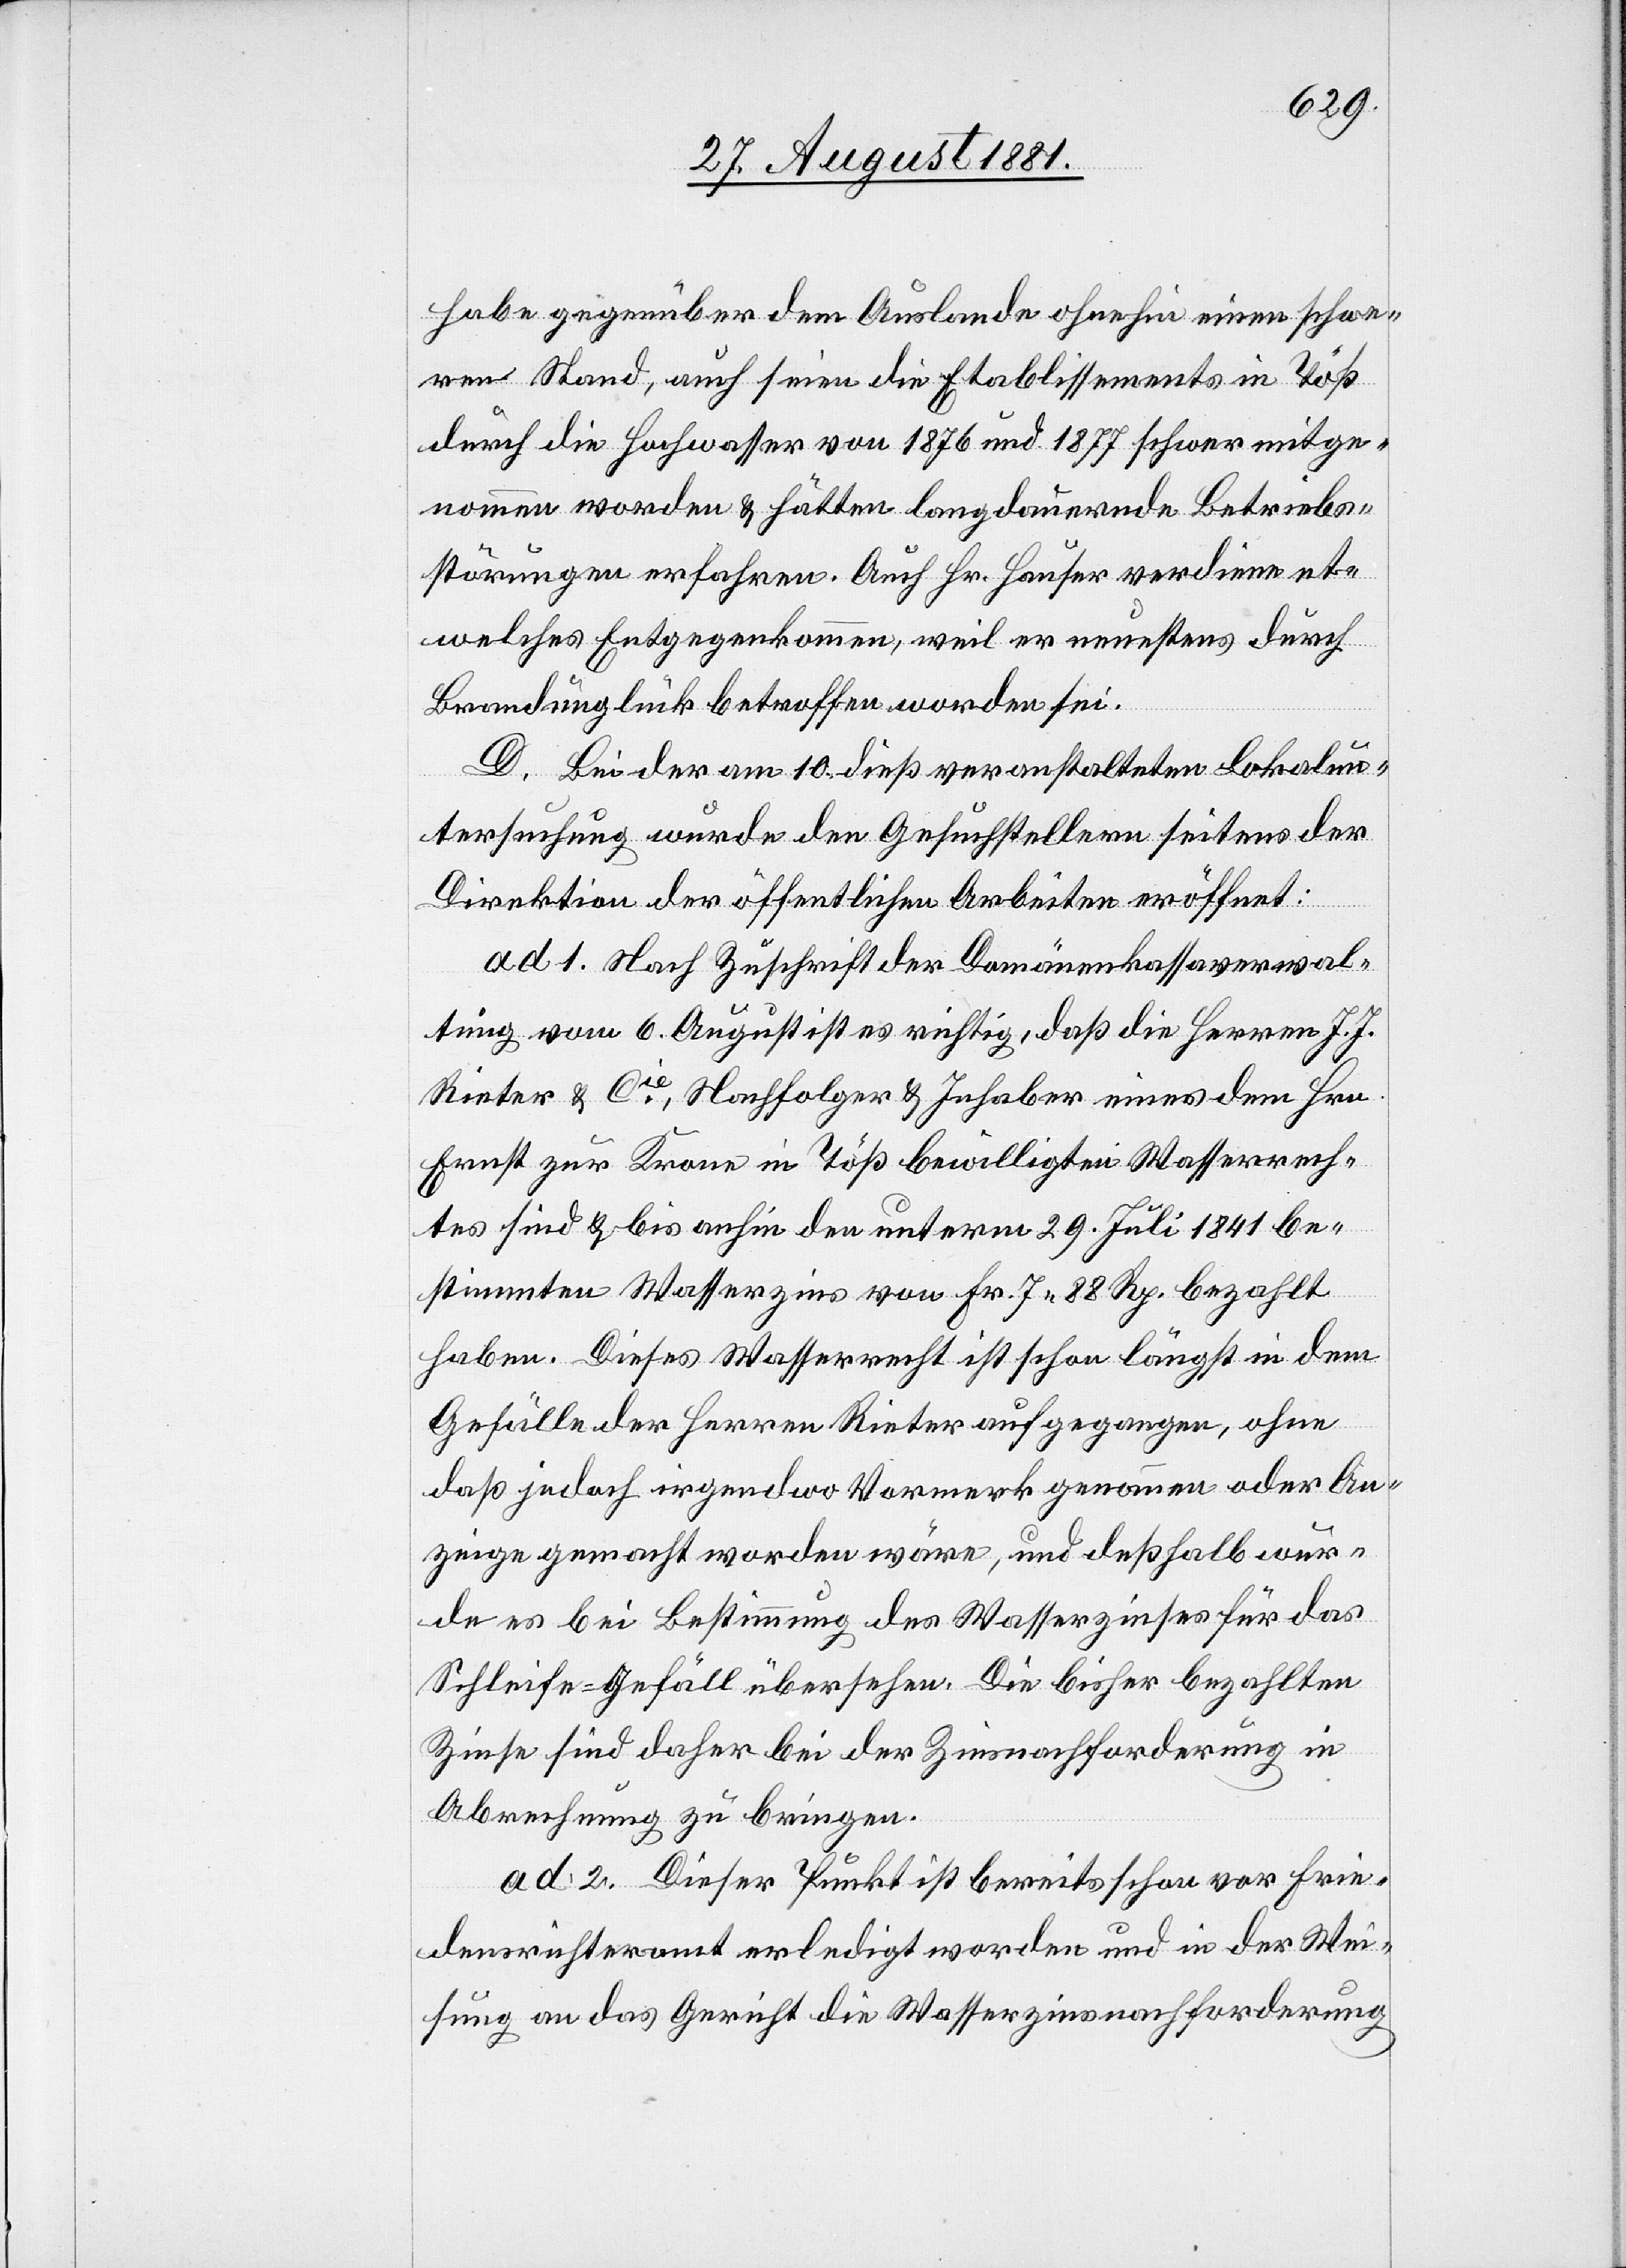
habe gegenüber dem Auslande ohnehin einen schwe¬
ren Stand, auch seien die Etablissements in Töß
durch die Hochwasser von 1876 und 1877 schwer mitge¬
nommen worden & hätten langdauernde Betriebs¬
störungen erfahren. Auch Hr. Hauser verdiene et¬
welches Entgegenkommen, weil er neuestens durch
Brandunglück betroffen worden sei.
D. Bei der am 10. dieß veranstalteten Lokalun¬
tersuchung wurde den Gesuchstellern seitens der
Direktion der öffentlichen Arbeiten eröffnet:
ad 1. Nach Zuschrift der Domänenkassaverwal¬
tung vom 6. August ist es richtig, daß die Herren J. J.
Rieter & Cie, Nachfolger & Inhaber eines dem Hrn.
Ernst zur Krone in Töß bewilligten Wasserrech¬
tes sind & bis anhin den unterm 29. Juli 1841 be¬
stimmten Wasserzins von Fr. 7 88 Rp. bezahlt
haben. Dieses Wasserrecht ist schon längst in dem
Gefälle der Herren Rieter aufgegangen, ohne
daß jedoch irgendwo Vormerk genommen oder An¬
zeige gemacht worden wäre, und deßhalb wur¬
de es bei Bestimmung des Wasserzinses für das
Schleife–Gefäll übersehen. Die bisher bezahlten
Zinse sind daher bei der Zinsnachforderung in
Abrechnung zu bringen.
ad 2. Dieser Punkt ist bereits schon vor Frie¬
denrichteramt erledigt worden und in der Wei¬
sung an das Gericht die Wasserzinsnachforderung